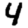
Digit: 4